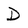
Character: D